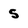
Character: 5